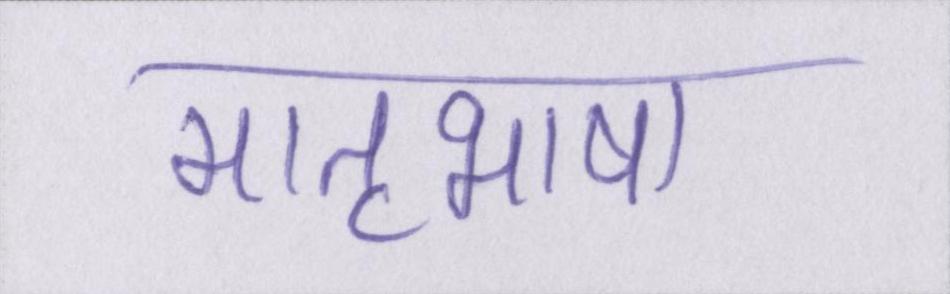
मातृभाषा